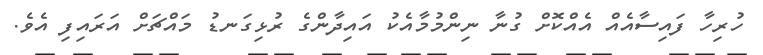
ހުރިހާ ފައިސާއެއް އެއްކޮށް ގުނާ ނިންމުމާއެކު އައިދާންގެ ރުޅިގަނޑު މައްޗަށް އަރައިފި އެވެ.